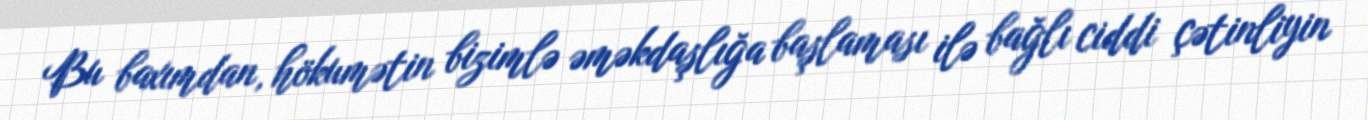
Bu baxımdan, hökumətin bizimlə əməkdaşlığa başlaması ilə bağlı ciddi çətinliyin